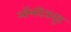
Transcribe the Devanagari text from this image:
ऑलटिट्यूड